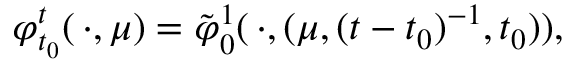
\varphi _ { t _ { 0 } } ^ { t } ( \, \cdot , \mu ) = \tilde { \varphi } _ { 0 } ^ { 1 } ( \, \cdot , ( \mu , ( t - t _ { 0 } ) ^ { - 1 } , t _ { 0 } ) ) ,